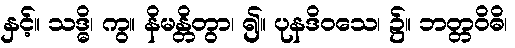
နှင့်။ သဒ္ဓိ၊ ကွ။ နိမန္တိတွာ၊ ၍။ ပုနဒိဝသေ၊ ၌။ ဘတ္တဝိဓိ၊